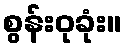
စွန်းဝုခုံး။